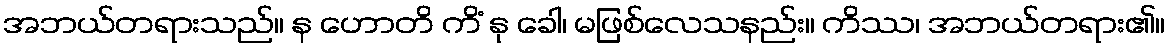
အဘယ်တရားသည်။ န ဟောတိ ကိံ နု ခေါ၊ မဖြစ်လေသနည်း။ ကိဿ၊ အဘယ်တရား၏။